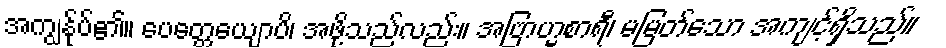
အကျွန်ုပ်၏။ ပေတ္တေယျောပိ၊ အဖို့သည်လည်း။ အဗြာဟ္မစာရီ၊ မမြတ်သော အကျင့်ရှိသည်။